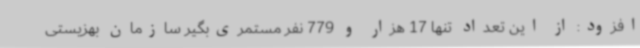
افزود: از این تعداد تنها 17 هزار و 779 نفر مستمری‌بگیر سازمان بهزیستی